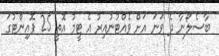
ބާސެލޯނާ ދެ ވަނަ އަށް ވެއްޓުނުއިރު އެ ޓީމު އޮތީ 25 ޕޮއިންޓުގަ